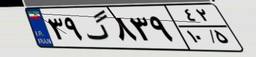
۳۹گ۸۳۹۴۲